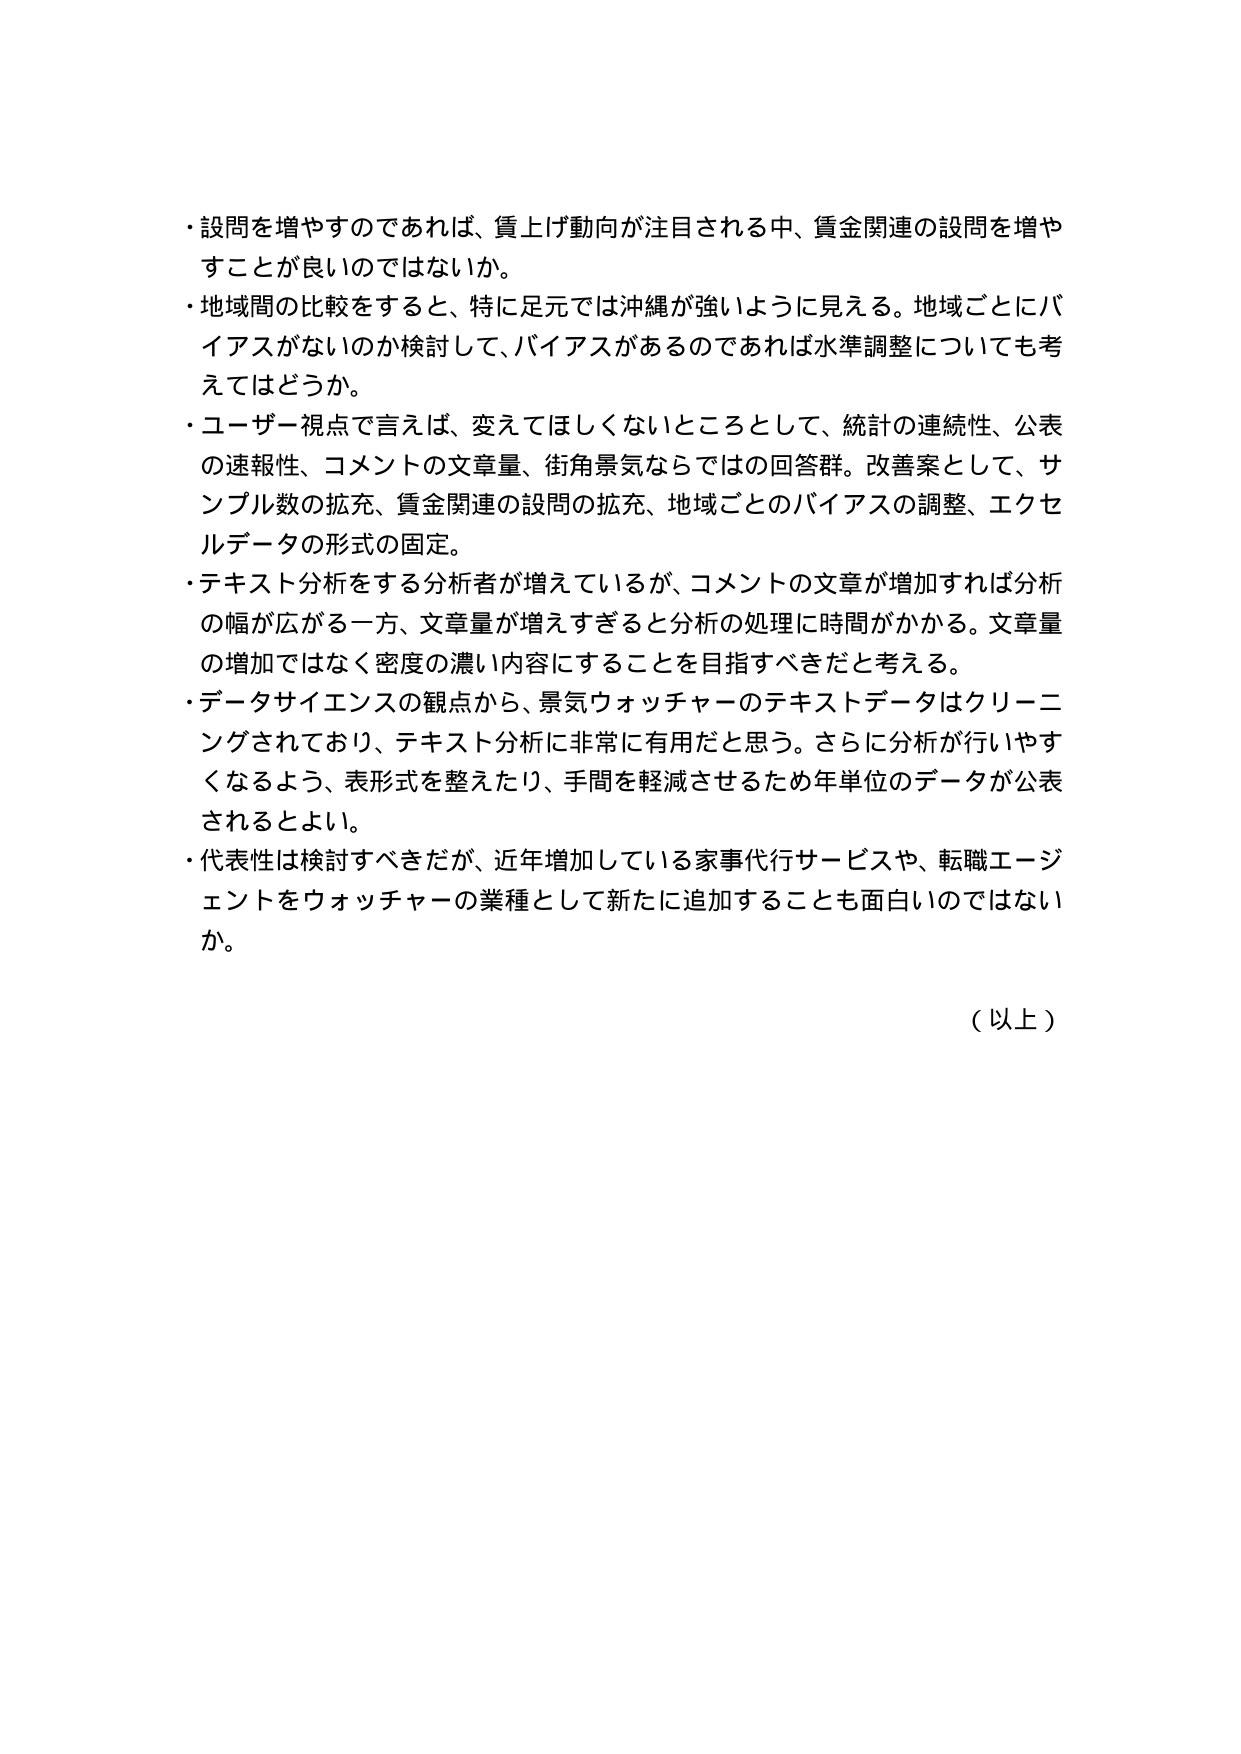
・設問を増やすのであれば、賃上げ動向が注目される中、賃金関連の設問を増やすことが良いのではないか。

・地域間の比較をすると、特に足元では沖縄が強いように見える。地域ごとにバイアスがないのか検討して、バイアスがあるのであれば水準調整についても考えてはどうか。

・ユーザー視点で言えば、変えてほしくないところとして、統計の連続性、公表の速報性、コメントの文章量、街角景気ならではの回答群。改善案として、サンプル数の拡充、賃金関連の設問の拡充、地域ごとのバイアスの調整、エクセルデータの形式の固定。

・テキスト分析をする分析者が増えているが、コメントの文章が増加すれば分析の幅が広がる一方、文章量が増えすぎると分析の処理に時間がかかる。文章量の増加ではなく密度の濃い内容にすることを目指すべきだと考える。

・データサイエンスの観点から、景気ウォッチャーのテキストデータはクリーニングされており、テキスト分析に非常に有用だと思う。さらに分析が行いやすくなるよう、表形式を整えたり、手間を軽減させるため年単位のデータが公表されるとよい。

・代表性は検討すべきだが、近年増加している家事代行サービスや、転職エージェントをウォッチャーの業種として新たに追加することも面白いのではないか。

（以上）